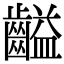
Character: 齸